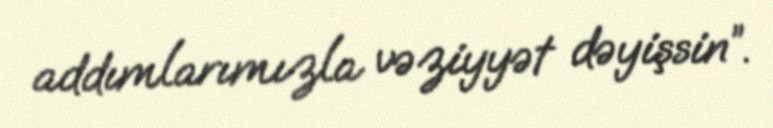
addımlarımızla vəziyyət dəyişsin”.